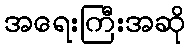
အရေးကြီးအဆို